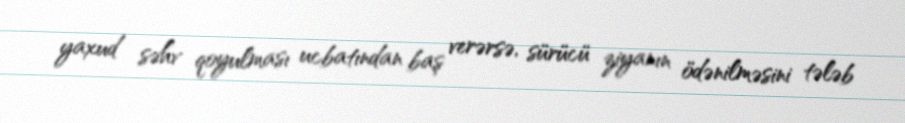
yaxud səhv qoyulması ucbatından baş verərsə, sürücü ziyanın ödənilməsini tələb